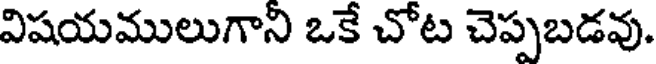
విషయములుగాని ఒకే చోట చెప్పబడవు.